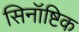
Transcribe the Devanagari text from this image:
सिनॉष्टिक